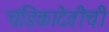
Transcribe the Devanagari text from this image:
चंडिकादेवीची